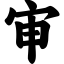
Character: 审